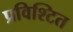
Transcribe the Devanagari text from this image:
प्रविश्टित